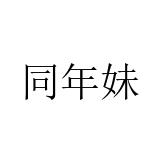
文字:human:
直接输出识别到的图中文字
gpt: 同年妹